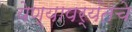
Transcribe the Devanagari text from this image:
येण्यापर्यंतचे